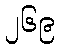
၂၆၉